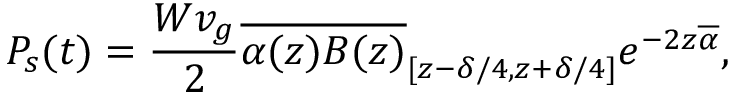
P _ { s } ( t ) = \frac { W v _ { g } } { 2 } \overline { { \alpha ( z ) B ( z ) } } _ { [ { z - \delta / 4 } , { z + \delta / 4 } ] } e ^ { - 2 z \overline { { \alpha } } } ,